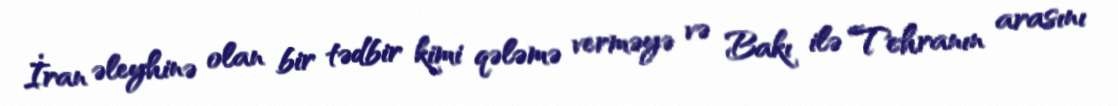
İran əleyhinə olan bir tədbir kimi qələmə verməyə və Bakı ilə Tehranın arasını